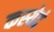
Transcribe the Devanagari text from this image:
कस्येदं